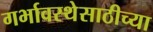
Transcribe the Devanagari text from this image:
गर्भावस्थेसाठीच्या